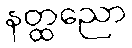
နတ္ထညော